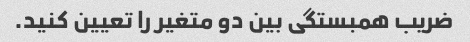
ضریب همبستگی بین دو متغیر را تعیین کنید.